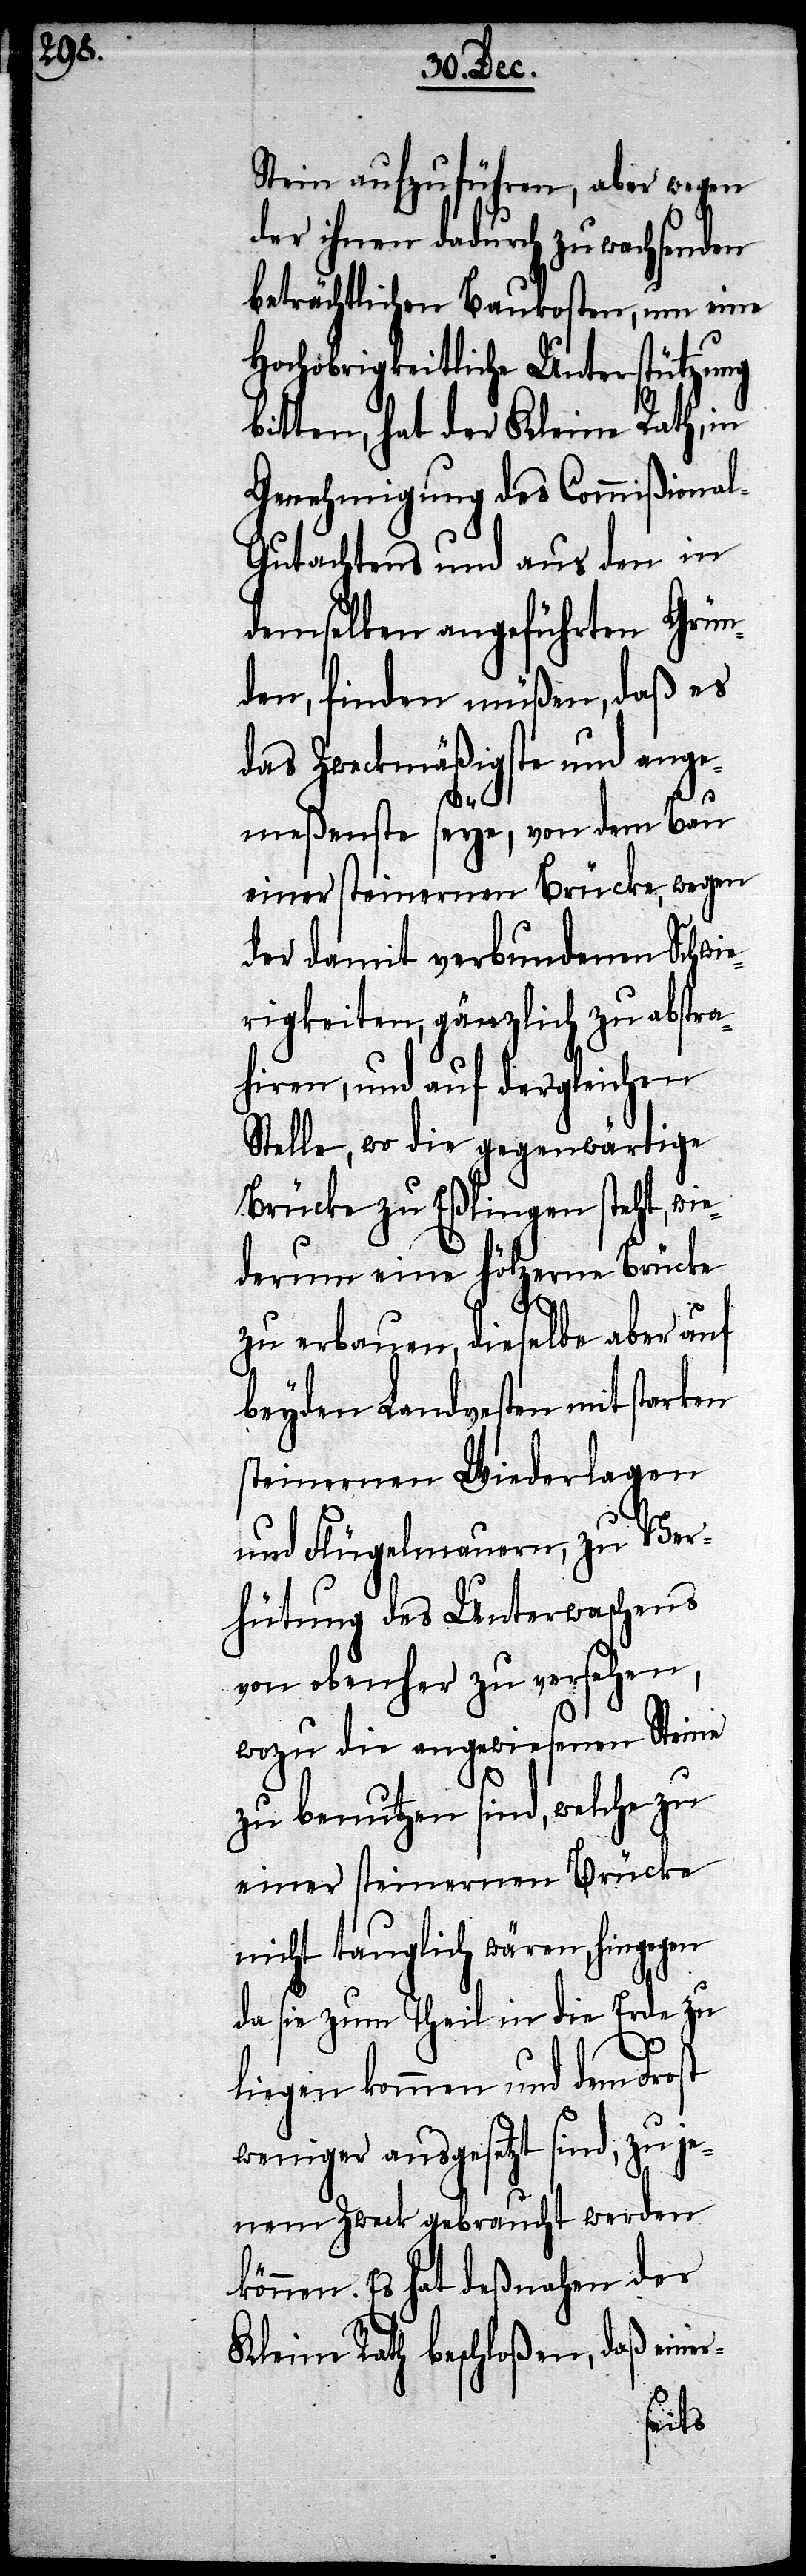
Stein aufzuführen, aber wegen
der ihnen dadurch zu wachsenden
beträchtlichen Baukosten , um eine
Hochobrigkeitliche Unterstützung
bitten, hat der Kleine Rath, in
Genehmigung des Commißiona¬
l-Gutachtens und aus den in
demselben angeführten Grün¬
den, finden müßen, daß es
das Zweckmäßigste und ange¬
meßenste seye, von dem Bau
einer steinernen Brücke, wegen
der damit verbundenen Schwie¬
rigkeiten, gänzlich zu abstra¬
hiren, und auf dergleichen
Stelle, wo die gegenwärtige
Brücke zu Eßlingen steht, wie
darum eine hölzerne Brücke
zu erbauen, dieselbe aber auf
beyden Landvesten mit starken
steinernen Wiederlagen
und Flügelmauern, zu Ver¬
hütung des Unterwaschens
von obenher zu versehen,
wozu die angewiesenen Steine
zu benutzen sind, welche zu
einer steinernen Brücke
nicht tauglich wären, hingegen
da sie zum Theil in die Erde zu
liegen kommen und dem Frost
weniger ausgesetzt wind, zu je¬
nem Zweck gebraucht werden
können. Es hat deßnahen der
Kleine Rath beschloßen, daß einer-